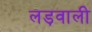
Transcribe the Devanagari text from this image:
लड़वाली